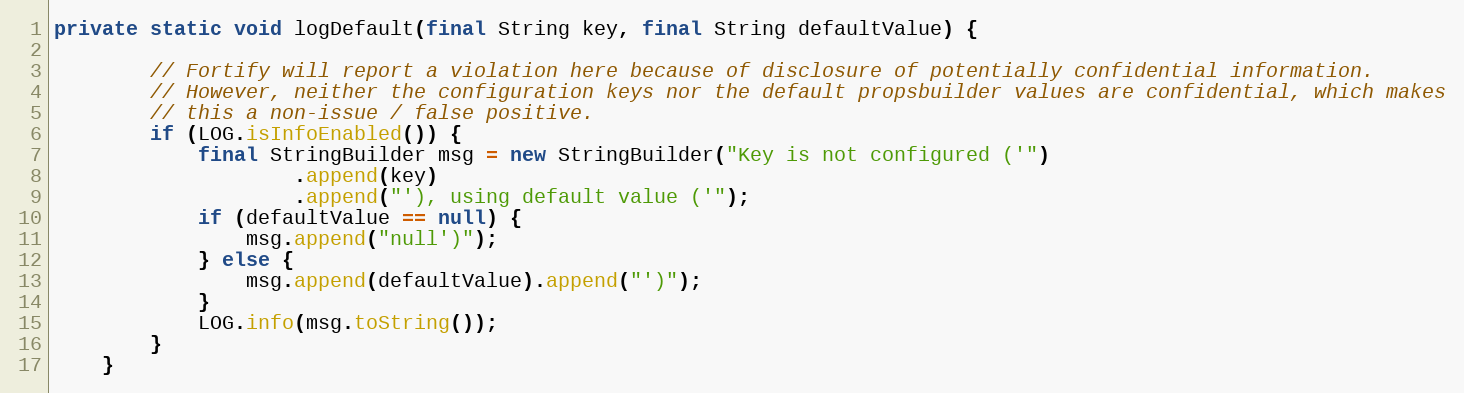
Language: Java
private static void logDefault(final String key, final String defaultValue) {

        // Fortify will report a violation here because of disclosure of potentially confidential information.
        // However, neither the configuration keys nor the default propsbuilder values are confidential, which makes
        // this a non-issue / false positive.
        if (LOG.isInfoEnabled()) {
            final StringBuilder msg = new StringBuilder("Key is not configured ('")
                    .append(key)
                    .append("'), using default value ('");
            if (defaultValue == null) {
                msg.append("null')");
            } else {
                msg.append(defaultValue).append("')");
            }
            LOG.info(msg.toString());
        }
    }